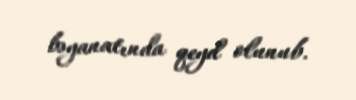
bəyanatında qeyd olunub.